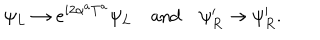
\psi _ { L } \to e ^ { i 2 \alpha ^ { a } T ^ { a } } \psi _ { L } \quad \mathrm { a n d } \quad \psi _ { R } ^ { \prime } \to \psi _ { R } ^ { \prime } .